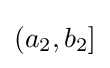
{\textstyle (a_{2},b_{2}]}